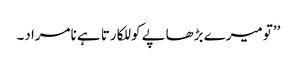
’’تو میرے بڑھاپے کو للکارتا ہے نامراد۔